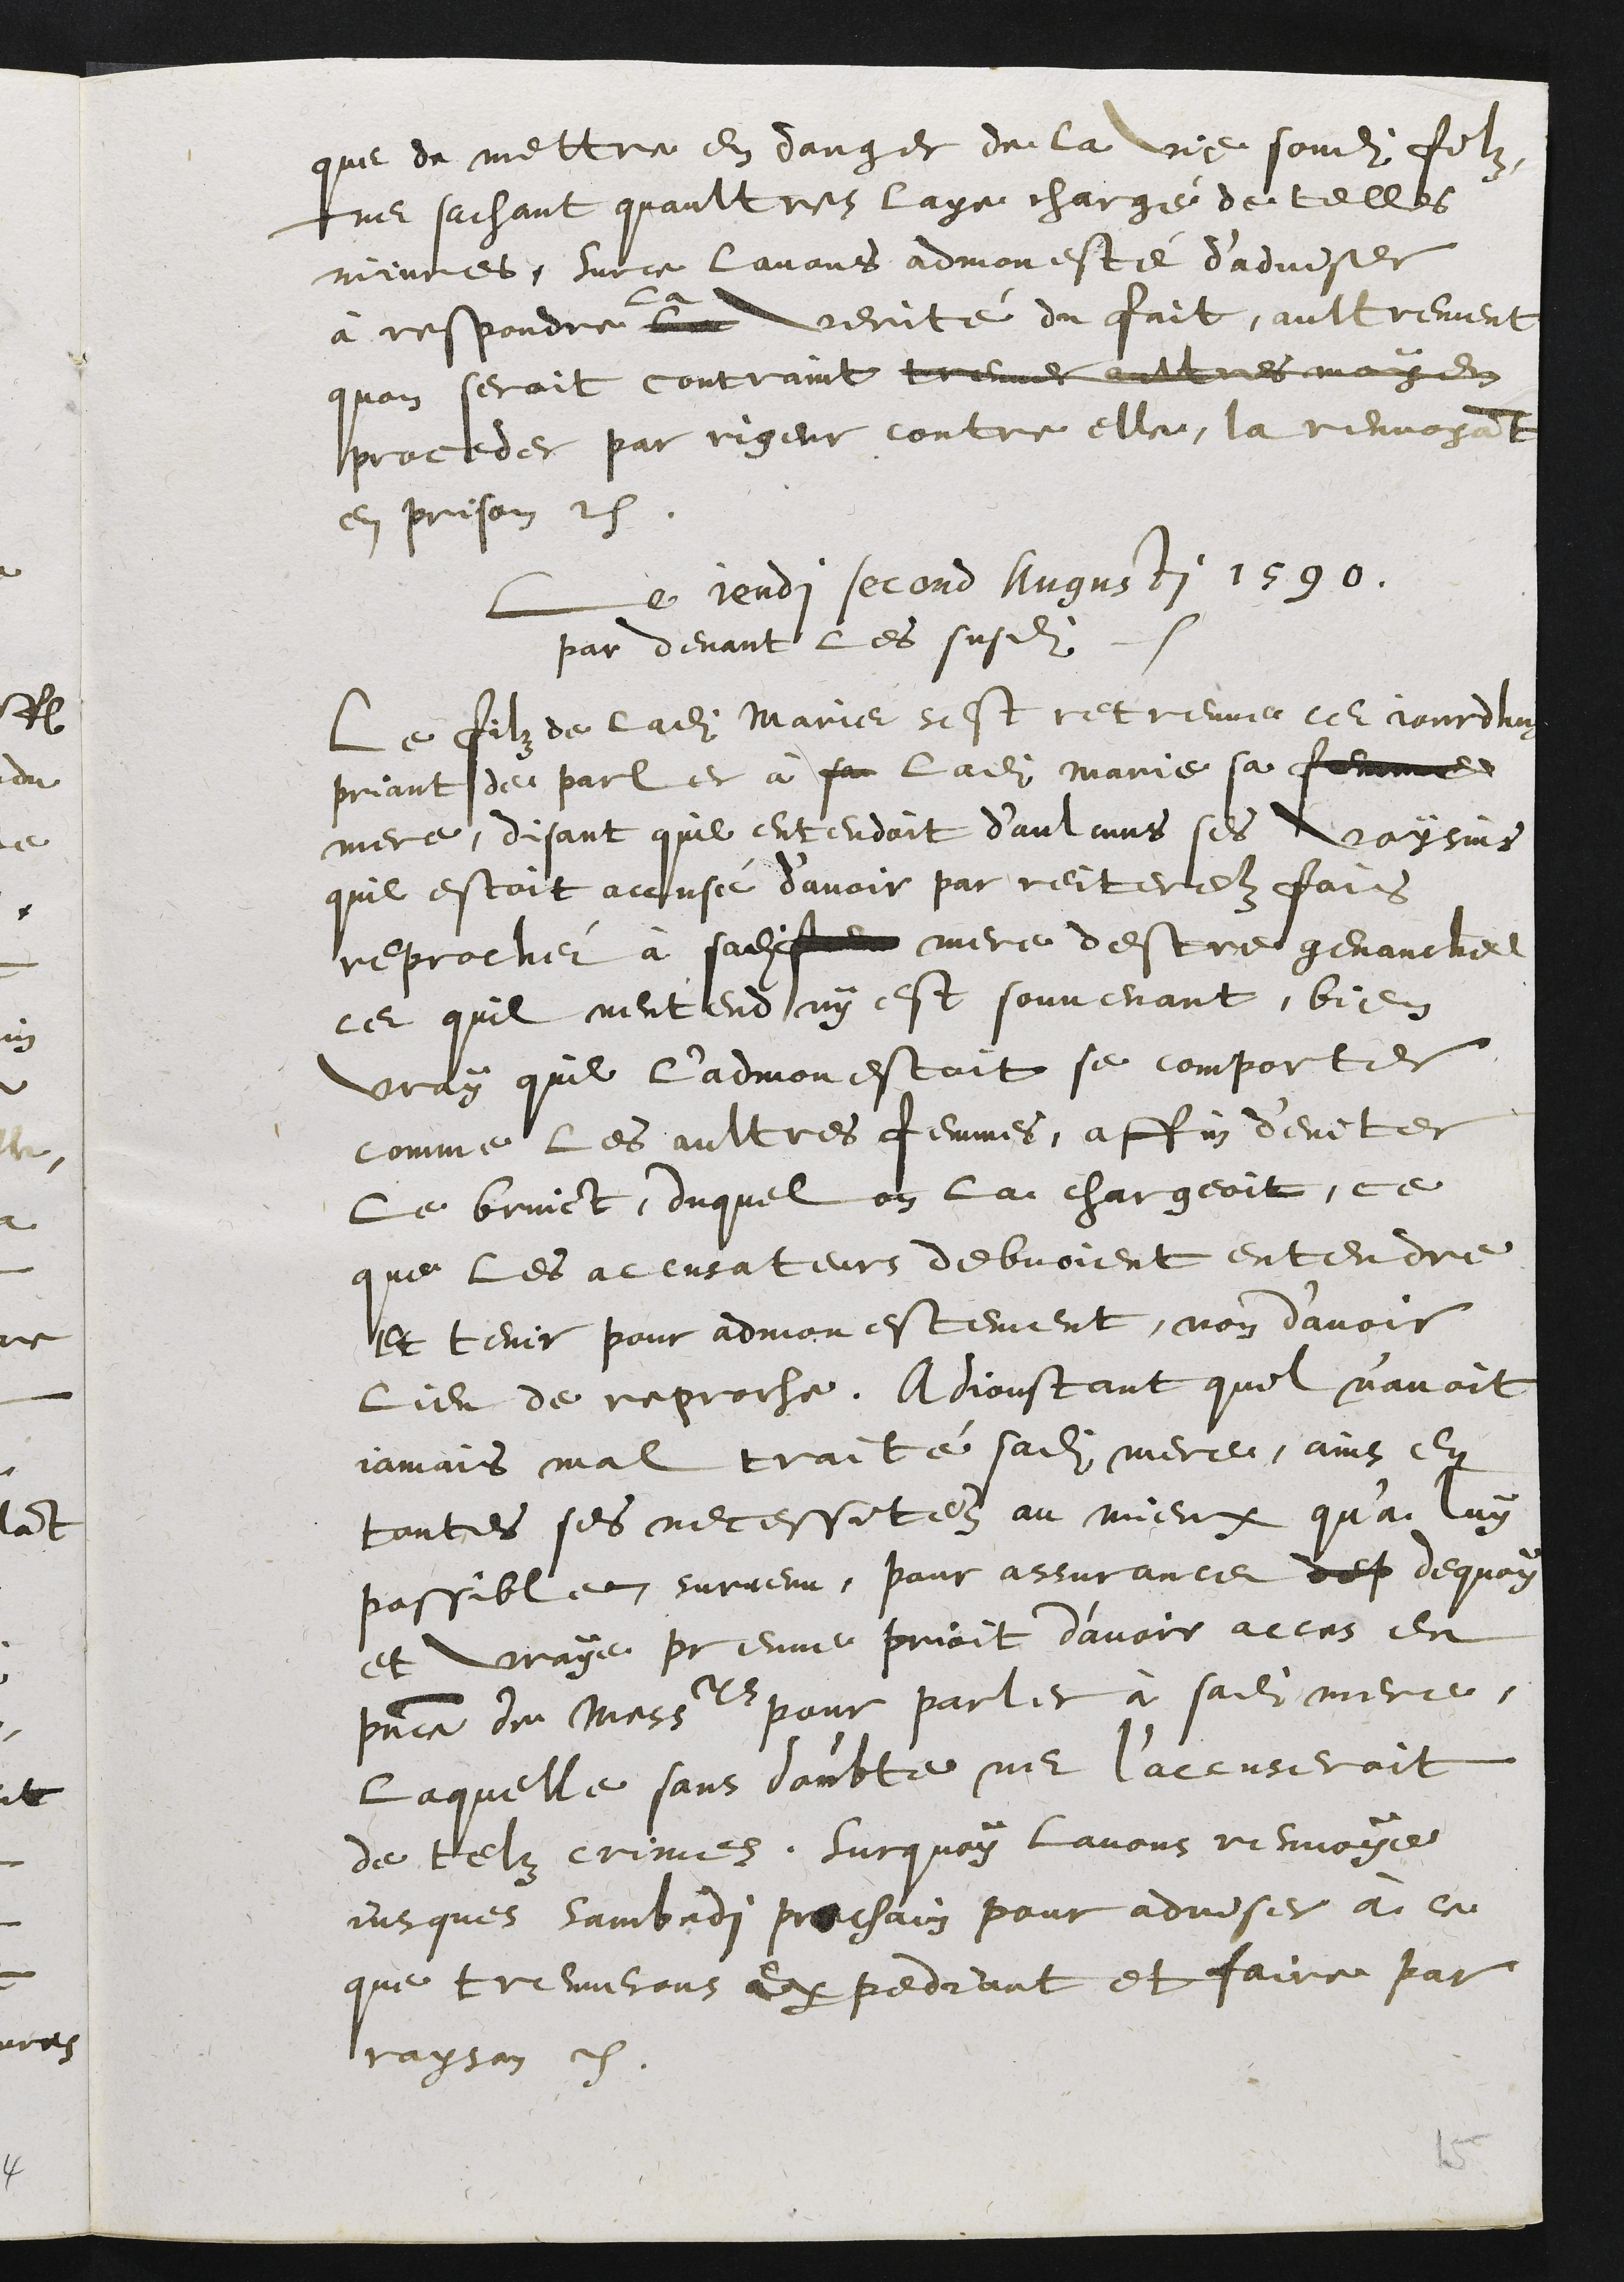
que de mettre en danger de la vie sondit filz,
ne sachant quaultres laye chargé de telles
niivres, sur ce lavons admonesté d'adviser
à respondre le verité du fait, aultrement
quon seroit contraint treuver autres mosen
proceder par rigeur contre elle, la renvoyant
en prison.
Le jendi second Augusti 1590.
par devant les susdits
le filz de ladite Marie sest retreuvé ce jourdhuy
priant de parler à san ladite Marie sa femme
mere, disant quil entendoit d'aulcuns ses voysins
quil estoit accusé d’avoir par reiterez fois
reprochér à sadit mere destre genauchel
ce quil nentend ny est souvenant, bien
vray quil l'admon estoit se comporter
comme les aultres femmes, affin deviter
le bruict, duquel on la chargeoit, ce
que les accusateurs debvoient entendre
et tenir pour admonestement, non d’avoir
lieu de reproche. Adjoustant quil n’avoit
jamais mal traite sadite mere, ains en
toutes ses necessitez au mieux qu'a luy
possibleen survenu, pour assurance dep dequoy
et vraye prenve prioit d’avoir acces en
presence de Messieur pour parler à sadite mere,
laquelle sans doubte ne l’accuseroit
de telz crimez. Surquoy lavons renvoye
jusques sambedi prechain pour adviser à ce
que treuverons expediant et faire par
rayson.